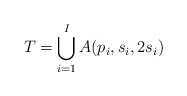
\begin{align*}T = \bigcup_{i=1}^I A(p_i,s_i,2s_i)\end{align*}